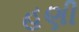
હણી